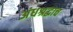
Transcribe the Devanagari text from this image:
अंधश्रद्धाच